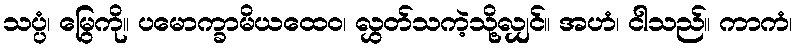
သပ္ပံ၊ မြွေကို။ ပမောက္ခာမိယထေဝ၊ လွှတ်သကဲ့သို့လျှင်။ အဟံ၊ ငါသည်။ ကာကံ၊